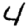
Digit: 4